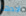
اجدها